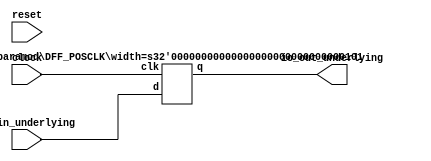
module SimpleCaseClassModule(
    input clock,
    input reset,
    input [4:0] io_in_underlying,
    output [4:0] io_out_underlying
);
    wire [4:0] _register1_underlying__q;
    wire [4:0] _register1_underlying__d;
    DFF_POSCLK #(.width(5)) register1_underlying (
        .q(_register1_underlying__q),
        .d(_register1_underlying__d),
        .clk(clock)
    );
    assign io_out_underlying = _register1_underlying__q;
    assign _register1_underlying__d = io_in_underlying;
endmodule //SimpleCaseClassModule
module DFF_POSCLK(q, d, clk);
    parameter width = 4;
    output reg [width-1:0] q;
    input [width-1:0] d;
    input clk;
    always @(posedge clk) begin
        q <= d;
    end
endmodule // DFF_POSCLK